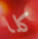
كلا